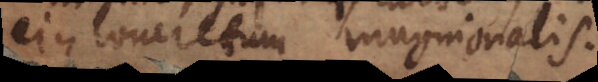
ejus concretum magnionalis.